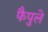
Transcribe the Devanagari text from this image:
फैपुले